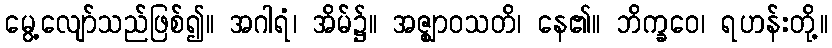
မွေ့လျော်သည်ဖြစ်၍။ အဂါရံ၊ အိမ်၌။ အဇ္ဈာဝသတိ၊ နေ၏။ ဘိက္ခဝေ၊ ရဟန်းတို့။